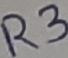
Text: R3